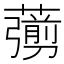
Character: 𦿶